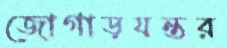
জোগাড়যন্তর